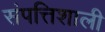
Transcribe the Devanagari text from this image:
संपत्तिशाली